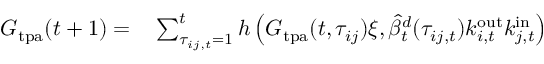
\begin{array} { r l } { G _ { \mathrm { t p a } } ( t + 1 ) = } & { { } \sum _ { \tau _ { i j , t } = 1 } ^ { t } h \left( G _ { \mathrm { t p a } } ( t , \tau _ { i j } ) \xi , \widehat { \beta } _ { t } ^ { d } ( \tau _ { i j , t } ) k _ { i , t } ^ { \mathrm { o u t } } k _ { j , t } ^ { \mathrm { i n } } \right) } \end{array}